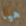
هيا